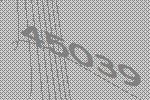
45039